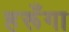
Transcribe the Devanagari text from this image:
हरूँगा